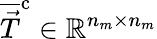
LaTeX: \overline{{\vec{T}}}^{\mathrm{c}}\in\mathbb{R}^{n_{m}\times n_{m}}